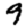
Digit: 9